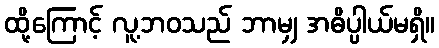
ထို့ကြောင့် လူ့ဘဝသည် ဘာမျှ အဓိပ္ပါယ်မရှိ။